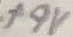
Text: +9V